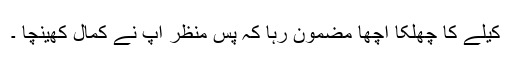
کیلے کا چھلکا اچھا مضمون رہا کہ پس منظر آپ نے کمال کھینچا ۔